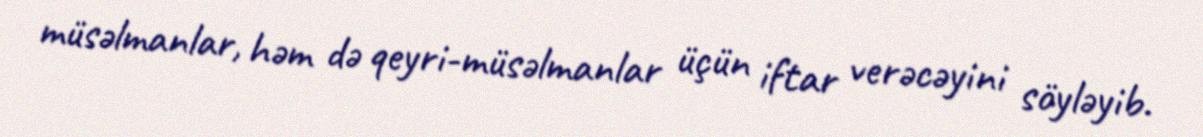
müsəlmanlar, həm də qeyri-müsəlmanlar üçün iftar verəcəyini söyləyib.